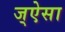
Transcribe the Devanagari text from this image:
ज्ऐसा